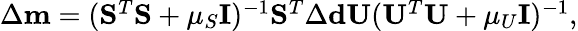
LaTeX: \begin{array}{r}{\Delta\mathbf{m}=(\mathbf{S}^{T}\mathbf{S}+\mu_{S}\mathbf{I})^{-1}\mathbf{S}^{T}\Delta\mathbf{d}\mathbf{U}(\mathbf{U}^{T}\mathbf{U}+\mu_{U}\mathbf{I})^{-1},}\end{array}